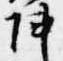
陣